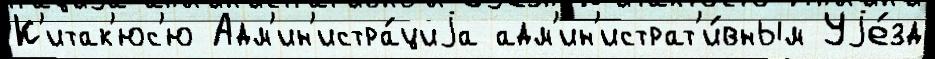
К'итак'юс'ю Адм'ин'истра́циjа адм'ин'истрат'и́вным Уjе́зд